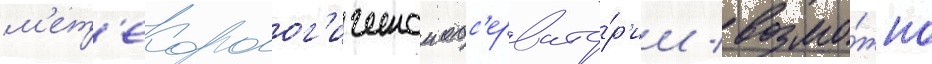
м'ет'еоролог'ическои обс'ервато́р'ии / возмо́жно